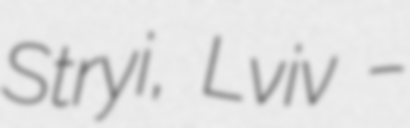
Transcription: Stryi, Lviv –